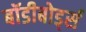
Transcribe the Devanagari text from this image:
बॉडीबोर्ड्स